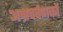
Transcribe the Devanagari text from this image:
अग्रचर्वणकों